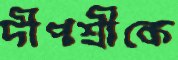
দীপশ্রীকে